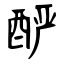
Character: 酽